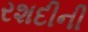
રશદીની